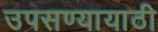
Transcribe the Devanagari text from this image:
उपसण्यायाठी